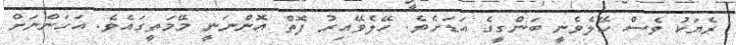
ރެޔަކު ވެސް ހޭލެވެނީ ބަންގީގެ އަޑަށެވެ. ހޭލެވޭއިރު ފޮތް އޮންނަނީ މޭމަތީގައެވެ. އަހަންނަށް